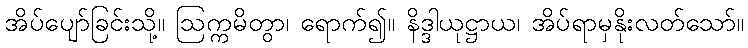
အိပ်ပျော်ခြင်းသို့။ ဩက္ကမိတွာ၊ ရောက်၍။ နိဒ္ဒါယုဋ္ဌာယ၊ အိပ်ရာမှနိုးလတ်သော်။